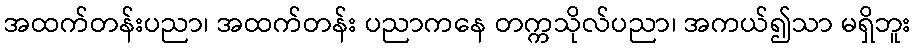
အထက်တန်းပညာ၊ အထက်တန်း ပညာကနေ တက္ကသိုလ်ပညာ၊ အကယ်၍သာ မရှိဘူး